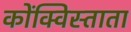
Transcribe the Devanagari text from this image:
कोंक्विस्ताता